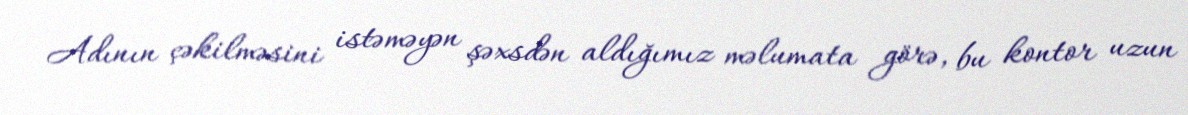
Adının çəkilməsini istəməyən şəxsdən aldığımız məlumata görə, bu kontor uzun